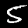
Label: 5